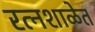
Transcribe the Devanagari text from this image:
रत्नशाळेत